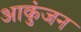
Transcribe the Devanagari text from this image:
आकुंजन